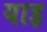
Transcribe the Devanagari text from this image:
याइ